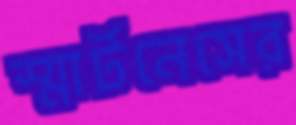
স্মার্টনেসের